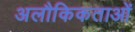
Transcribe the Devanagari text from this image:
अलौकिकताओं